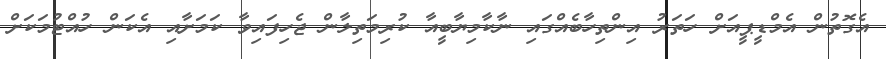
އެގޮތުން އެމްޑީޕީއަށް ހަތަރު އިންތިހާބެއްގައި ނާކާމިޔާބީއާ ކުރިމަތިލާން ޖެހިފައިވާ ކަމަށާއި އެކަން ހުއްޓުމަކަށް